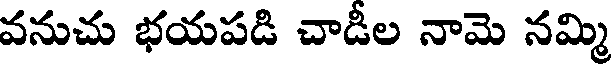
వనుచు భయపడి చాడీల నామె నమ్మి